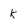
Character: k